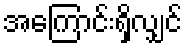
အကြောင်းရှိလျှင်